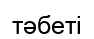
тәбеті